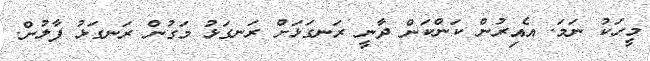
މީހަކު ނަމަ. އެއިރުން ކަންކަން ދާނީ ރަނގަޅަށް ރަނގަޅު މަގުން ރަނގަޅު ފާލުން.